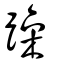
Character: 躁